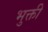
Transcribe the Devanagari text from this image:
भुक्ती